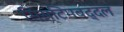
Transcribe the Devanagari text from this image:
सिस्टिमबद्दल